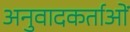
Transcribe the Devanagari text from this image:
अनुवादकर्ताओं